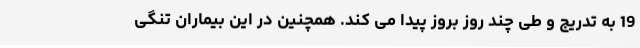
19 به تدریج و طی چند روز بروز پیدا می کند. همچنین در این بیماران تنگی